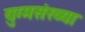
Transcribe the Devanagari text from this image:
युग्मसंख्या